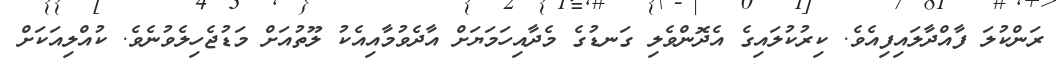
ރަންކުލަ ފާއްދާލައިފިއެވެ. ކިރުކުލައިގެ އެދޮންވެލި ގަނޑުގެ މެދާއިހަމަޔަށް އާދެވުމާއިއެކު ލޫތުއަށް މަޑުޖެހިލެވުނެވެ. ކުއްލިއަކަށް